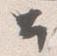
公